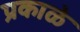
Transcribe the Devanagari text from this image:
प्रकाळे